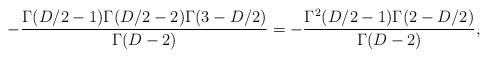
LaTeX: \begin{align*}- \frac{\Gamma(D/2-1)\Gamma(D/2-2)\Gamma(3-D/2)}{\Gamma(D-2)} = - \frac{\Gamma^2(D/2-1)\Gamma(2-D/2)}{\Gamma(D-2)},\end{align*}